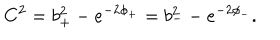
C ^ { 2 } = b _ { + } ^ { 2 } - e ^ { - 2 \phi _ { + } } = b _ { - } ^ { 2 } - e ^ { - 2 \phi _ { - } } .